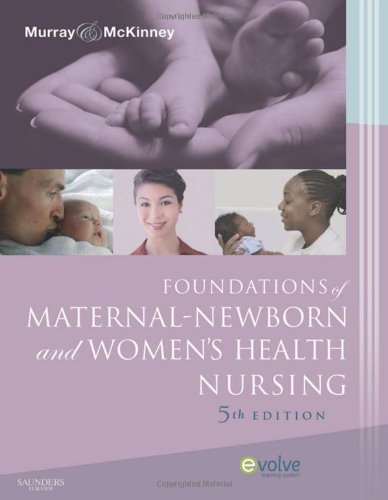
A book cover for Foundations of Maternal-Newborn and Women's Health Nursing, 5e (Foundations of Maternal- Newborn Nursing); Sharon Smith Murray MSN  RN  C; Medical Books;